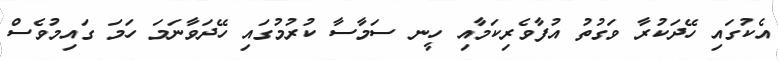
އެކުގައި ހޭދަކުރާ ވަގުތު އުފާވެރިކަމާއި ހީނ ސަމާސާ ކުރުމުގައި ހޭދަވާނަމަ ހަމަ ގައިމުވެސް